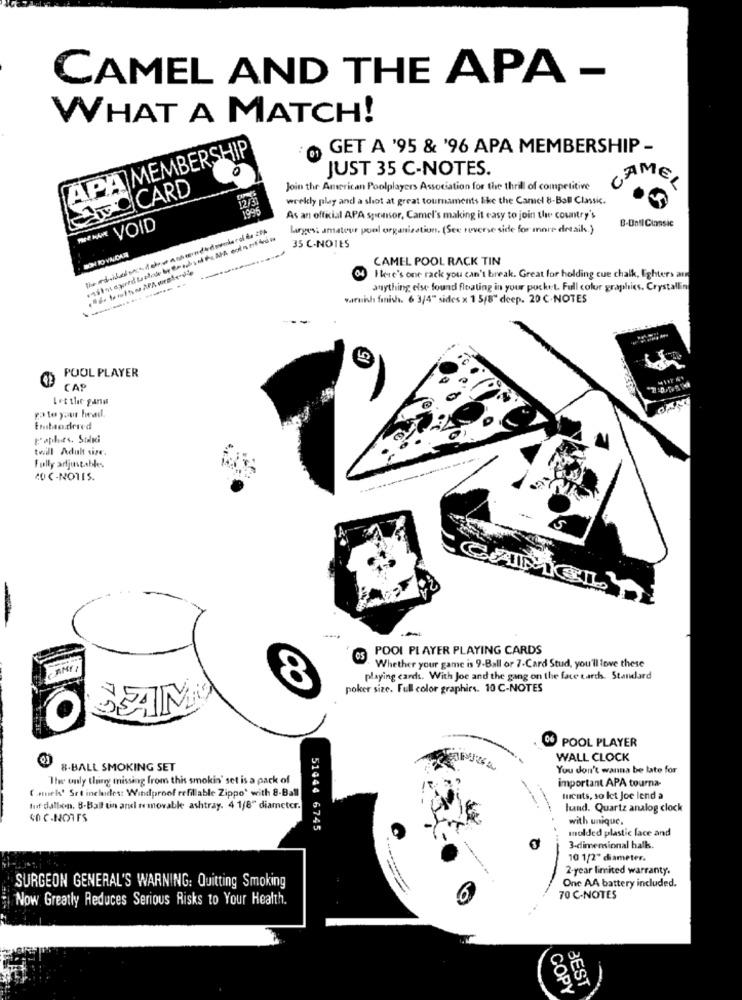
CAMEL AND THE APA -
WHAT A MATCH!
APA MEMBERSHIP
GET A '95 & '96 APA MEMBERSHIP -
JUST 35 C-NOTES.
CARD
Join the American Poolplayers Association for the thrill of competitive
GAMEL
12/3
weekly play and a shot at great tournaments like the Caract 8-Ball Classic.
1099
As an official APA sponsor, Camel's making it easy to join the country's
Not HAVE VOID
larges: amateur pool organization. (See reverse side for more details.)
B-Untl Classic
35 C-NOTES
CAMEL POOL RACK TIN
04
Here's one rack you can't break. Great for holding cue chalk, Eighters an
anything else found floating in your pocket. Full color graphics. Crystallin
varnish finish. 6 3/4" sides x 1 5/8" deep. 20 C-NOTES
S
POOL PLAYER
CAP
Let the garm
Embedered
twill Adult size.
Fully artjustables.
POOL PLAYER PLAYING CARDS
Whether your game is 9-Ball or 7-Card Stud, you'll love these
playing cards. With Joe and the gang on the face tardhs. Standard
8
poker size. Full color graphies. 10 C-NOTES
SAMO
6 POOL PLAYER
WALL CLOCK
8-BALL SMOKING SET
You don't wanna be late for
The only thing missing from this smokin' set is a pack of
important APA tourna-
( .urk' Set includes: Windproof refillable Zippo' with 8-Ball
ments, so let Joe lend a
turf-dalton. 8-Ball tin and ne movable ashtray. 4 1/8" diameter.
hund. Quartz analog clock
with unique.
51444 6745
molded plastic face and
3-dimensional halk.
10 1/2" diameter.
2-year limited warranty.
One AA battery included.
SURGEON GENERAL'S WARNING: Quitting Smoking
Now Greatly Reduces Serious Risks to Your Health.
70 C-NOTES
COPY
BEST